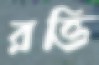
রত্তি